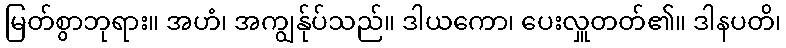
မြတ်စွာဘုရား။ အဟံ၊ အကျွန်ုပ်သည်။ ဒါယကော၊ ပေးလှူတတ်၏။ ဒါနပတိ၊